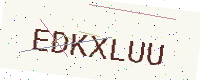
Text: EDKXLUU